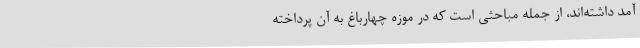
آمد داشته‌اند، از جمله مباحثی است که در موزه چهارباغ به آن پرداخته